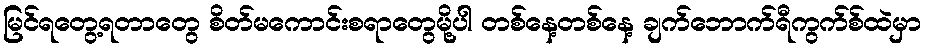
မြင်ရတွေ့ရတာတွေ စိတ်မကောင်းစရာတွေမို့ပါ တစ်နေ့တစ်နေ့ ချက်ဘောက်ရီကွက်စ်ထဲမှာ